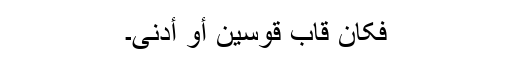
فَکَانَ قَابَ قَوْسَیْنِ أَوْ أَدْنَی۔